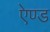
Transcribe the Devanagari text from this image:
एेण्ड